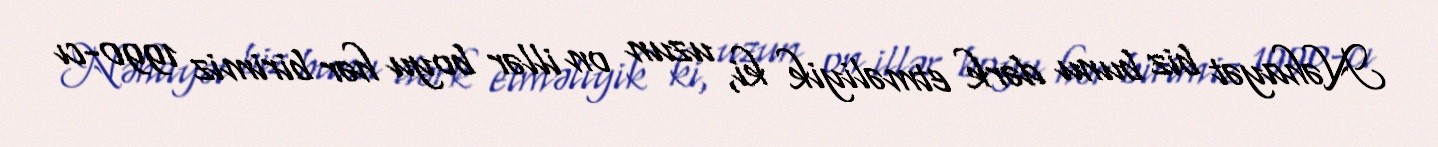
Nəhayət biz bunu dərk etməliyik ki, uzun on illər boyu hər birimiz 1990-cı